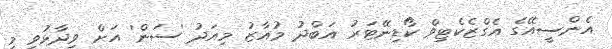
އެންސީއޭގެ އެގްޒެކެޓިވް ކޯޑިނޭޓަރު އަބްދު މުއާޒު މިއަދު 'ސަން' އަށް ވިދާޅުވީ މި